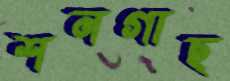
শনগাছ